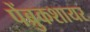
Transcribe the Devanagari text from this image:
पेंब्रुकशायर